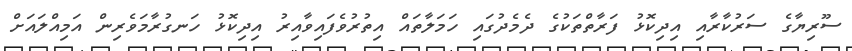
ސޫރިޔާގެ ސަރުކާރާއި އިދިކޮޅު ފަރާތްތަކުގެ ދެމެދުގައި ހަމަލާތައް އިތުރުވެފައިވާއިރު އިދިކޮޅު ހަނގުރާމަވެރިން އަމިއްލައަށް